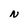
Character: N